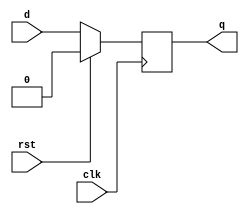
module dff (q, d, clk, rst);

    output         q;
    input          d;
    input          clk;
    input          rst;

    reg            state;

    assign #(1) q = state;

    always @(posedge clk) begin
      state = rst? 0 : d;
    end

endmodule